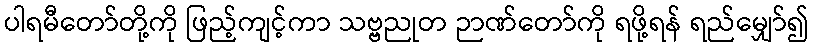
ပါရမီတော်တို့ကို ဖြည့်ကျင့်ကာ သဗ္ဗညုတ ဉာဏ်တော်ကို ရဖို့ရန် ရည်မျှော်၍